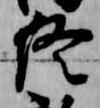
終